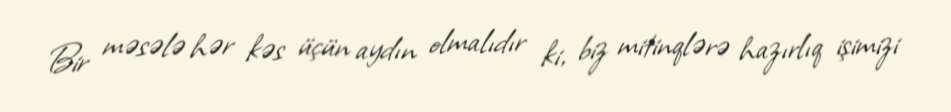
Bir məsələ hər kəs üçün aydın olmalıdır ki, biz mitinqlərə hazırlıq işimizi